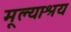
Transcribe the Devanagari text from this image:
मूल्याश्रय